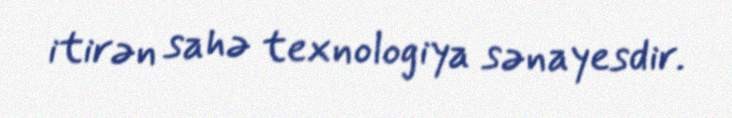
itirən sahə texnologiya sənayesdir.